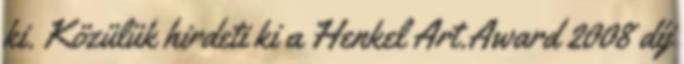
ki. Közülük hirdeti ki a Henkel Art.Award 2008 díj